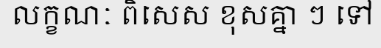
លក្ខណៈ ពិសេស ខុសគ្នា ៗ ទៅ